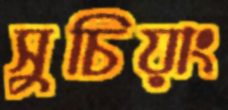
সুচিয়াং